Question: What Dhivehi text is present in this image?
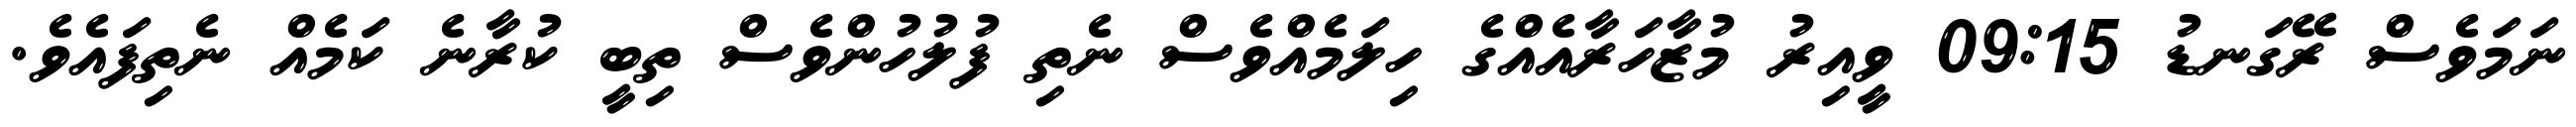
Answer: ނަމަވެސް ރޭގަނޑު 09:15 ވީއިރު މުޒާހަރާއެއްގެ ހިލަމެއްވެސް ނެތި ފުލުހުންވެސް ތިބީ ކުރާނެ ކަމެއް ނެތިފައެވެ.